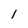
Character: I